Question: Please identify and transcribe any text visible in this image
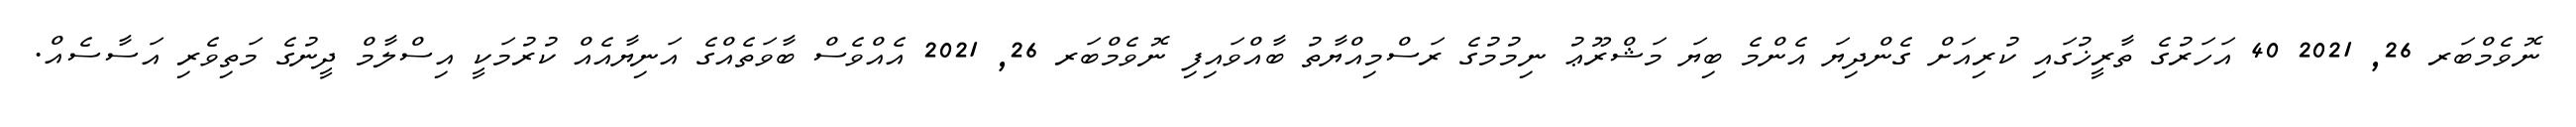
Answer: ނޮވެމްބަރ 26, 2021 40 އަހަރުގެ ތާރީޚުގައި ކުރިއަށް ގެންދިޔަ އެންމެ ބިޔަ މަޝްރޫޢު ނިމުމުގެ ރަސްމިއްޔާތު ބާއްވައިފި ނޮވެމްބަރ 26, 2021 އެއްވެސް ބާވަތެއްގެ އަނިޔާއެއް ކުރުމަކީ އިސްލާމް ދީނުގެ މަތިވެރި އަސާސެއް.